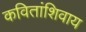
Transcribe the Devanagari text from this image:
कवितांशिवाय